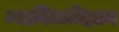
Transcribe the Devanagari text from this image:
न्यायिकविज्ञान